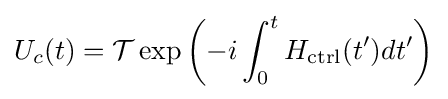
U_{c}(t)={\mathcal {T}}\exp \left(-i\int _{0}^{t}H_{\text{ctrl}}(t')dt'\right)